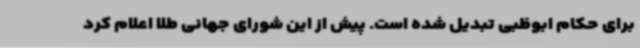
برای حکام ابوظبی تبدیل شده است. پیش از این شورای جهانی طلا اعلام کرد